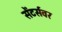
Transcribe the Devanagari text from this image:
सेंटर्सवर